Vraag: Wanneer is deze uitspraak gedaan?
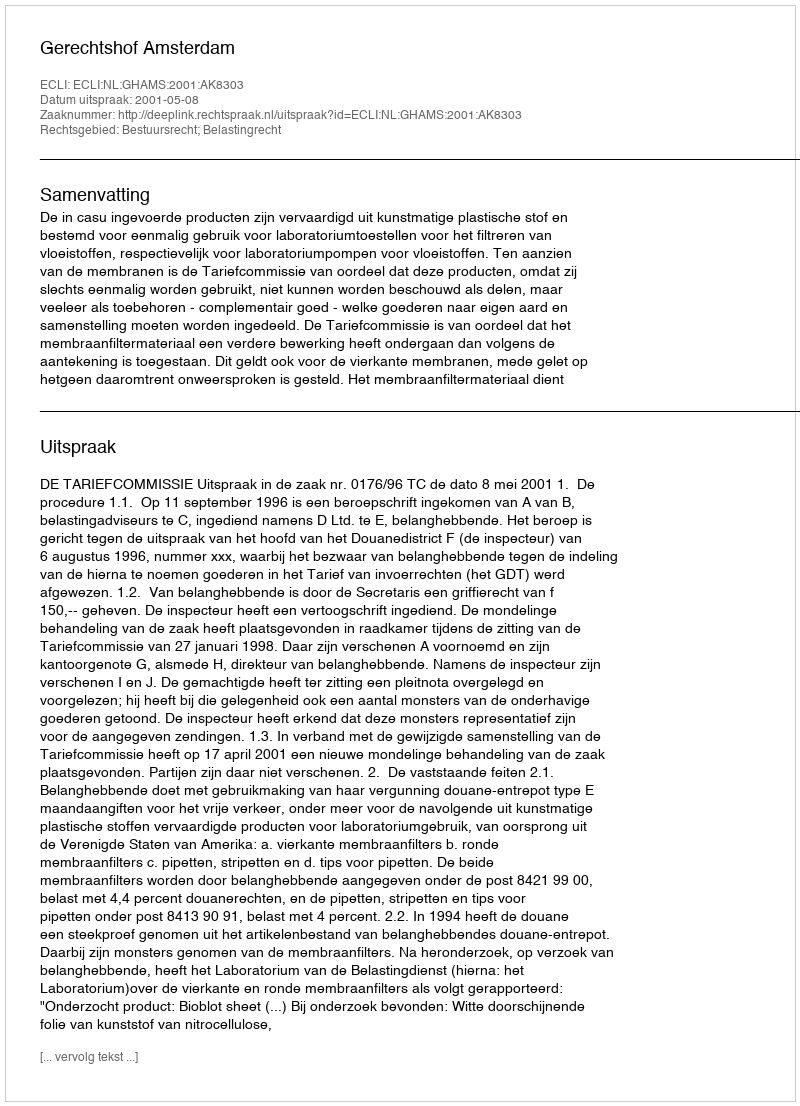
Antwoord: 2001-05-08